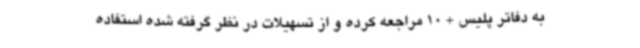
به دفاتر پلیس + 10 مراجعه کرده و از تسهیلات در نظر گرفته شده استفاده